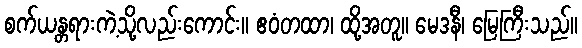
စက်ယန္တရားကဲ့သို့လည်းကောင်း။ ဧဝံတထာ၊ ထို့အတူ။ မေဒနီ၊ မြေကြီးသည်။